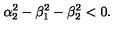
\alpha _ { 2 } ^ { 2 } - \beta _ { 1 } ^ { 2 } - \beta _ { 2 } ^ { 2 } < 0 .